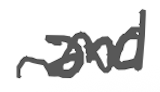
Text: and
Cross-out: mix
Writing tool: digital_gray